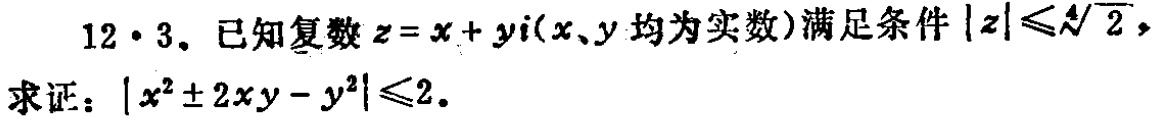
12·3. 已知复数\(z = x + yi(x、y\)均为实数)满足条件\(\vert z\vert\leqslant\sqrt[4]{2}\)，
求证：\(\vert x^{2}\pm2xy - y^{2}\vert\leqslant2\)。